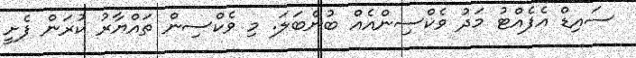
ސައިޑް އެފެއްޓު މަދު ވެކްސިންއެއް ބުނެބަލަ. މި ވެކްސިން ތައްޔާރު ކުރަން ފެށީ